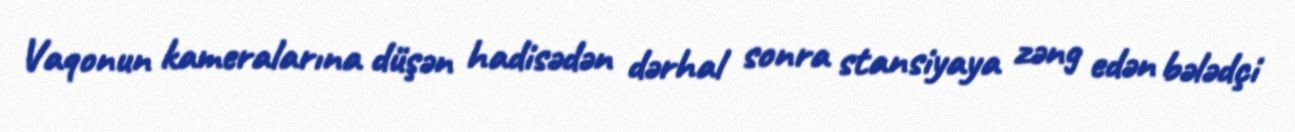
Vaqonun kameralarına düşən hadisədən dərhal sonra stansiyaya zəng edən bələdçi